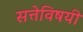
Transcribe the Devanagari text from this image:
सत्तेविषयी